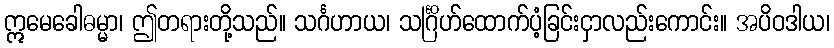
ဣမေခေါဓမ္မာ၊ ဤတရားတို့သည်။ သင်္ဂဟာယ၊ သင်္ဂြိဟ်ထောက်ပံ့ခြင်းငှာလည်းကောင်း။ အပိဝဒါယ၊